Indian journal of veterinary science and animal husbandry - Volumes 22-23, 1952-1953
Year: 1952
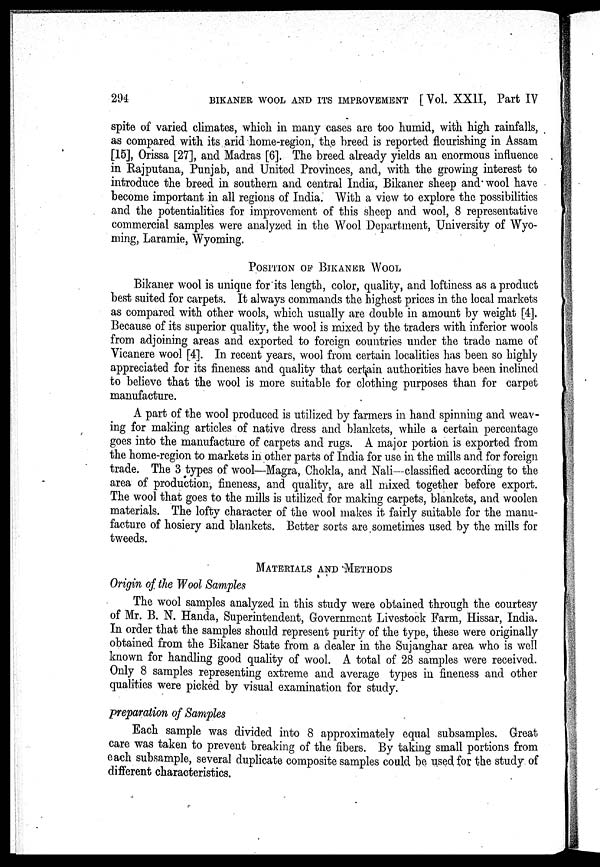
294
BIKANER WOOL AND ITS IMPROVEMENT [ Vol. XXII, Part IV
spite of varied climates, which in many cases are too humid, with high rainfalls,
as compared with its,arid home-region, the breed is reported flourishing in Assam
[15], Orissa [27], and Madras [6]. The breed already yields an enormous influence
in Rajputana, Punjab, and United Provinces, and, with the growing interest to
introduce the breed in southern and central India, Bikaner sheep and wool have
become important in all regions of India. With a view to explore the possibilities
and the potentialities for improvement of this sheep and wool, 8 representative
commercial samples were analyzed in the Wool Department, University of Wyo-
ming, Laramie, Wyoming.
POSITION OF BIKANER WOOL
Bikaner wool is unique for its length, color, quality, and loftiness as a product
best suited for carpets. It always commands the highest prices in the local markets
as compared with other wools, which usually are double in amount by weight [4].
Because of its superior quality, the wool is mixed by the traders with inferior wools
from adjoining areas and exported to foreign countries under the trade name of
Vicanere wool [4]. In recent years, wool from certain localities has been so highly
appreciated for its fineness and quality that certain authorities have been inclined
to believe that the wool is more suitable for clothing purposes than for carpet
manufacture.
A part of the wool produced is utilized by farmers in hand spinning and weav-
ing for making articles of native dress and blankets, while a certain percentage
goes into the manufacture of carpets and rugs. A major portion is exported from
the home-region to markets in other parts of India for use in the mills and for foreign
trade. The 3 types of wool—Magra, Chokla, and Nali—-classified according to the
area of production, fineness, and quality, are all mixed together before export.
The wool that goes to the mills is utilized for making carpets, blankets, and woolen
materials. The lofty character of the wool makes it fairly suitable for the manu-
facture of hosiery and blankets. Better sorts are sometimes used by the mills for
tweeds.
MATERIALS AND METHODS
Origin of the Wool Samples
The wool samples analyzed in this study were obtained through the courtesy
of Mr. B. N. Handa, Superintendent, Government Livestock Farm, Hissar, India.
In order that the samples should represent purity of the type, these were originally
obtained from the Bikaner State from a dealer in the Sujanghar area who is well
known for handling good quality of wool. A total of 28 samples were received.
Only 8 samples representing extreme and average types in fineness and other
qualities were picked by visual examination for study.
preparation of Samples
Each sample was divided into 8 approximately equal subsamples. Great
care was taken to prevent breaking of the fibers. By taking small portions from
each subsample, several duplicate composite samples could be used for the study of
different characteristics.